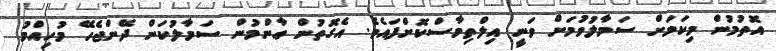
އޮތުމުން މިކަމަށް ސަމާލުވުމަށް ވަނީ އިލްތިމާސްކޮށްފައެވެ. އެގޮތުން ޢާންމުން ސަމާލުކަން ދޭންޖެހޭ މުހިއްމު